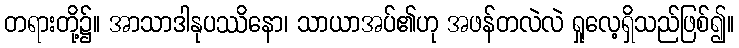
တရားတို့၌။ အာသာဒါနုပဿိနော၊ သာယာအပ်၏ဟု အဖန်တလဲလဲ ရှုလေ့ရှိသည်ဖြစ်၍။